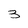
Character: 3